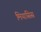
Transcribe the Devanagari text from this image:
मियासिस